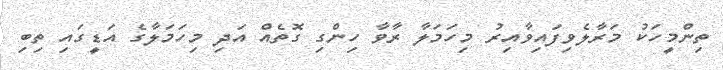
ތިންމީހަކު މަރާލެވިފައިވާއިރު މިހަމަލާ ރާވާ ހިންގި ގޮތެއް އަދި މިހަމަލާގެ އަޑީގައި ތިބި